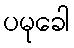
ပမုခေါ